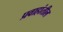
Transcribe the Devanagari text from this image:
प्रवाहांतील